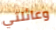
وعائلتي